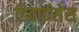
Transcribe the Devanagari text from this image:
डिवाईसेस